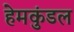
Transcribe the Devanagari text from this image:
हेमकुंडल